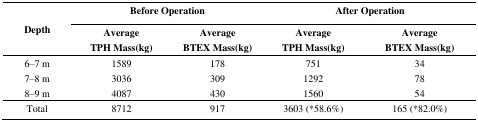
<table><thead><tr><td rowspan="2"><b>Depth</b></td><td colspan="2"><b>Before Operation</b></td><td colspan="2"><b>After Operation</b></td></tr><tr><td><b>Average TPH Mass(kg) </b></td><td><b>Average BTEX Mass(kg)</b></td><td><b>Average TPH Mass(kg)</b></td><td><b>Average BTEX Mass(kg)</b></td></tr></thead><tbody><tr><td>6–7 m</td><td>1589</td><td>178</td><td>751</td><td>34</td></tr><tr><td>7–8 m</td><td>3036</td><td>309</td><td>1292</td><td>78</td></tr><tr><td>8–9 m</td><td>4087</td><td>430</td><td>1560</td><td>54</td></tr><tr><td>Total</td><td>8712</td><td>917</td><td>3603 (*58.6%)</td><td>165 (*82.0%)</td></tr></tbody></table>